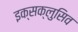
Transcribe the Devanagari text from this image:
इक्सक्लुसिव